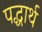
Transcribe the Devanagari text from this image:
पद्धार्थ